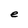
Character: e